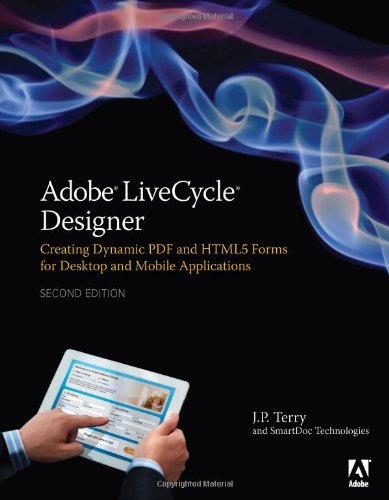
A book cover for Adobe LiveCycle Designer, Second Edition: Creating Dynamic PDF and HTML5 Forms for Desktop and Mobile Applications (2nd Edition); J. P. Terry; Computers & Technology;